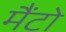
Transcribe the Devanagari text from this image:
मैंटो